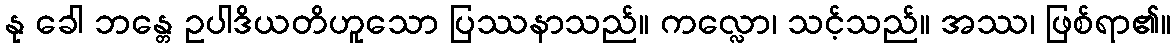
နု ခေါ ဘန္တေ ဥပါဒိယတိဟူသော ပြဿနာသည်။ ကလ္လော၊ သင့်သည်။ အဿ၊ ဖြစ်ရာ၏။